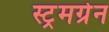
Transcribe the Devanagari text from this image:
स्ट्रमग्रेन